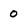
Character: 0